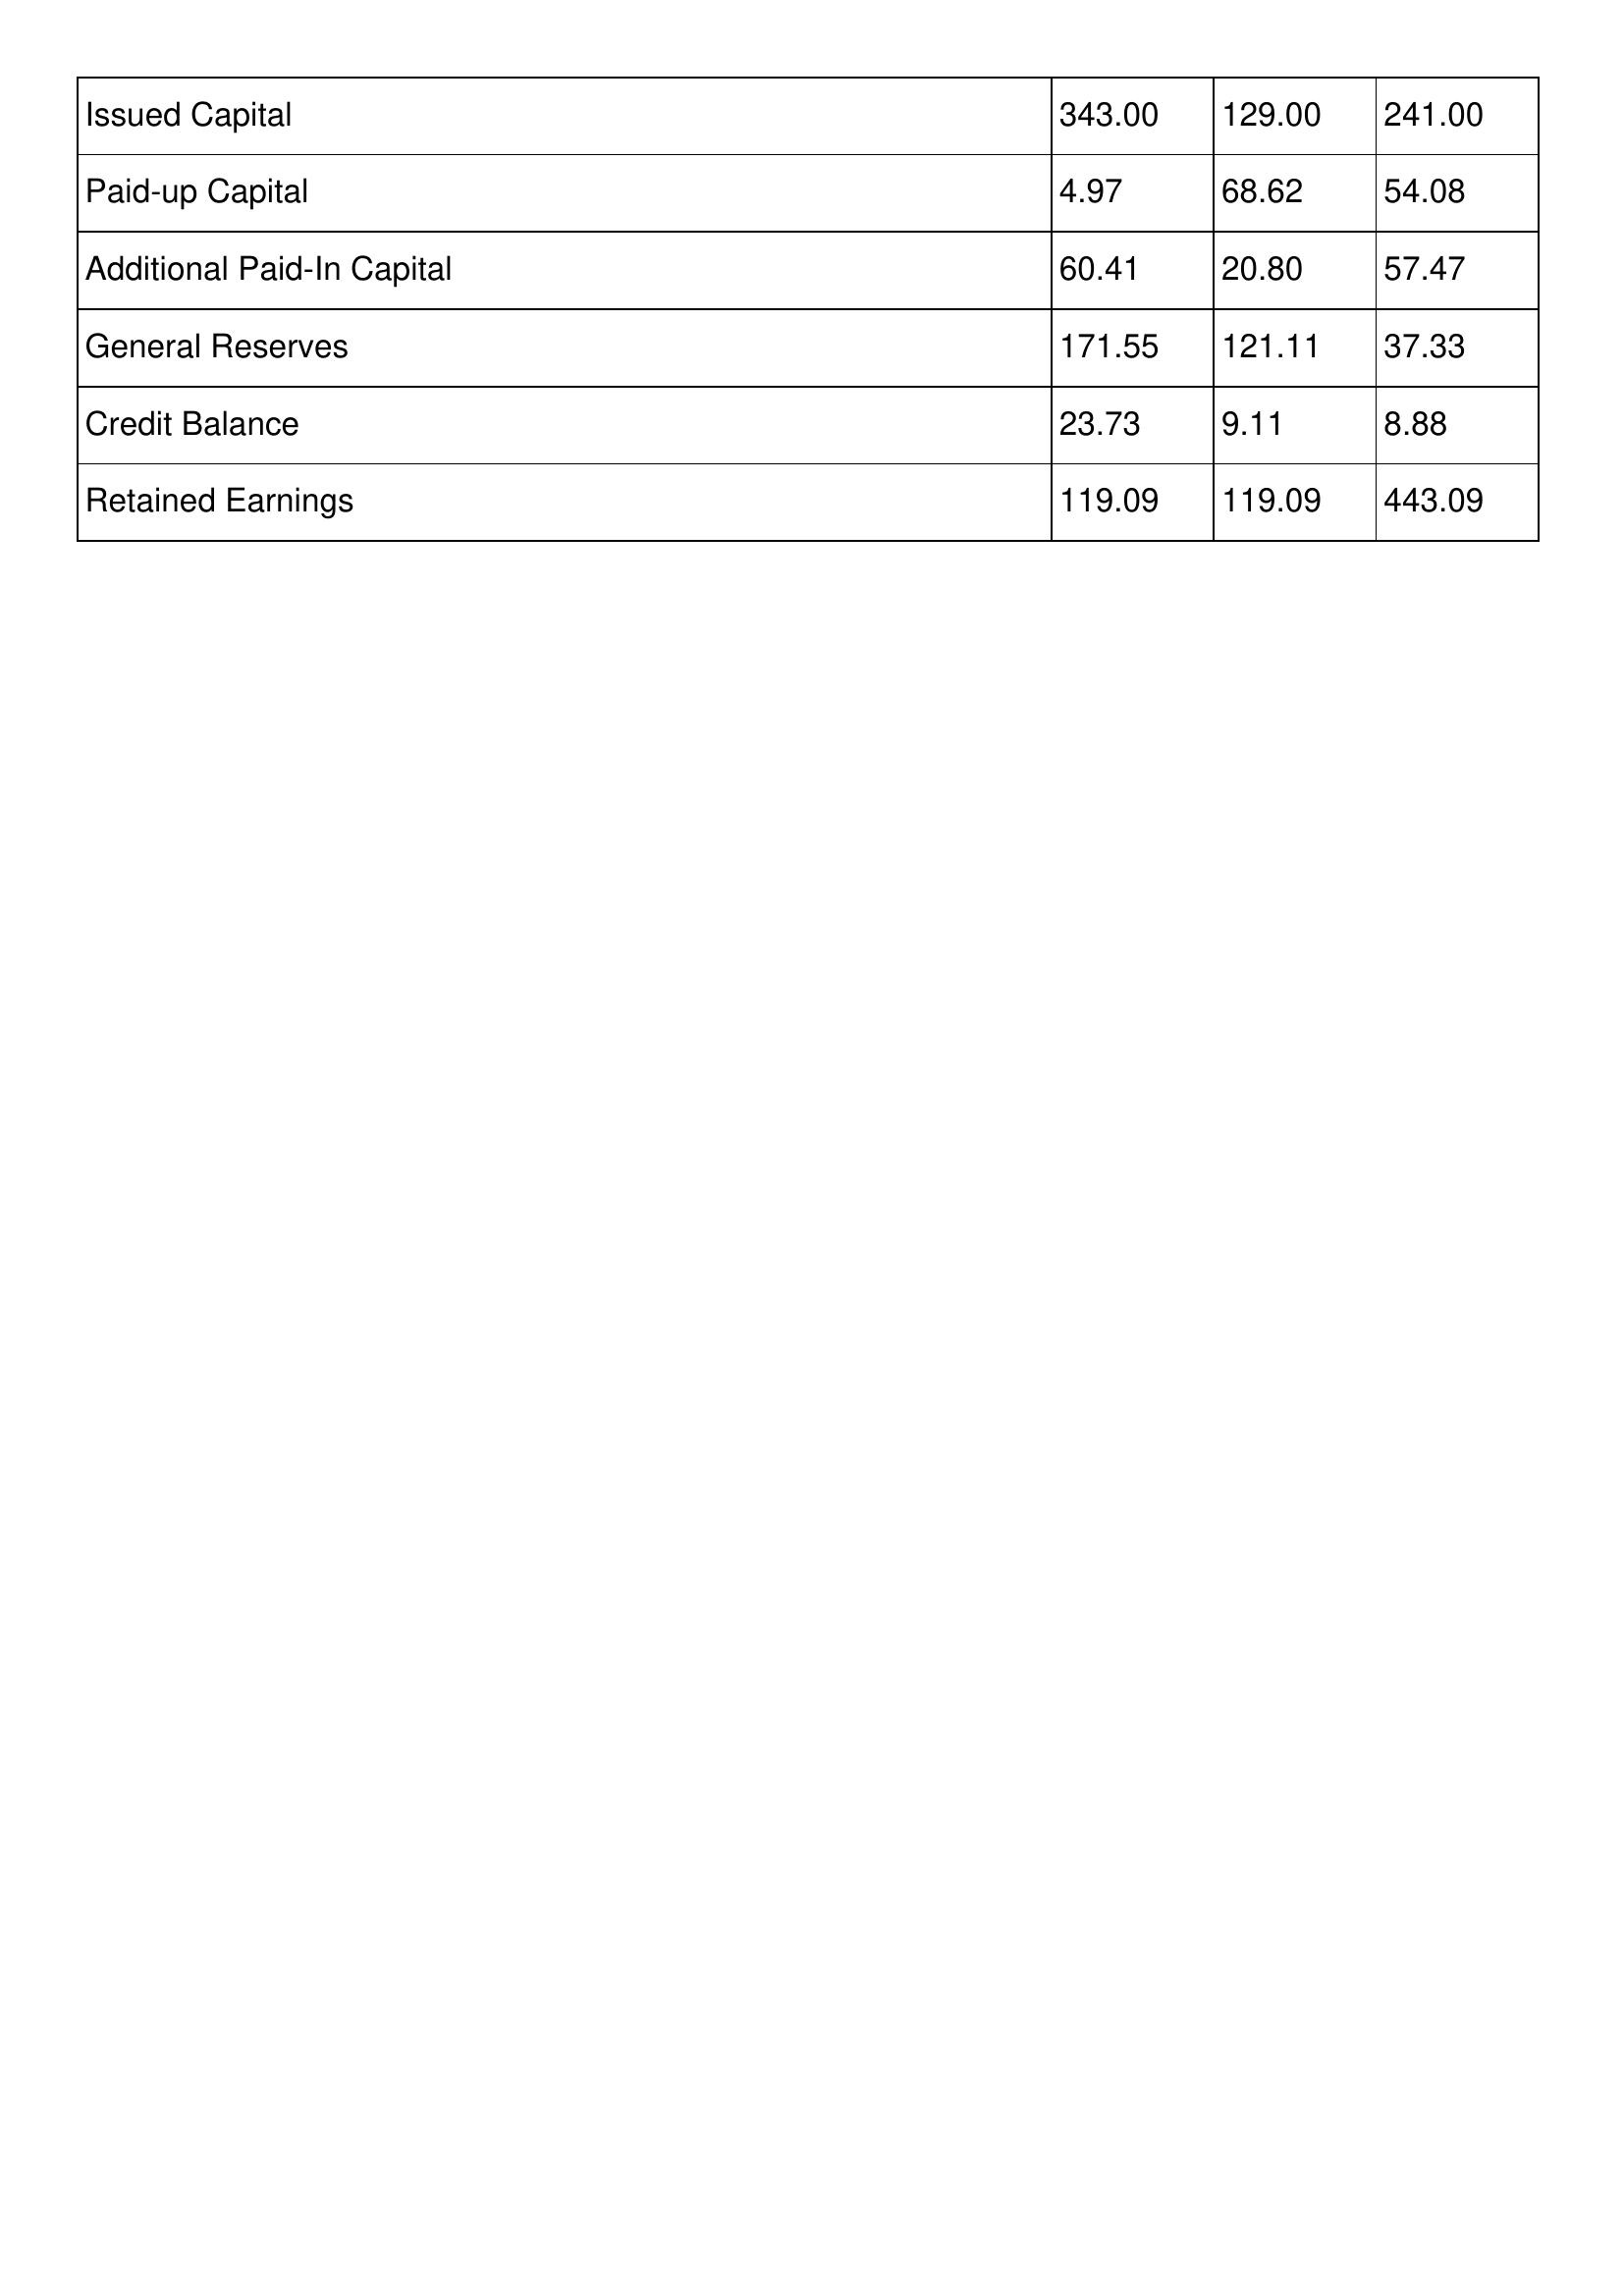
gt_parse: 2002: Issued Capital: 343.00
Paid-up Capital: 4.97
Additional Paid-In Capital: 60.41
General Reserves: 171.55
Credit Balance: 23.73
Retained Earnings: 119.09
2001: Issued Capital: 129.00
Paid-up Capital: 68.62
Additional Paid-In Capital: 20.80
General Reserves: 121.11
Credit Balance: 9.11
Retained Earnings: 119.09
2000: Issued Capital: 241.00
Paid-up Capital: 54.08
Additional Paid-In Capital: 57.47
General Reserves: 37.33
Credit Balance: 8.88
Retained Earnings: 443.09